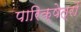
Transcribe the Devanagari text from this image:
पारिक्षेत्रों